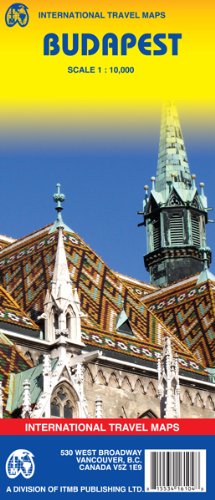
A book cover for Budapest (Hungary) 1:10,000 Street Map (International Travel Maps); ITM Canada; Travel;